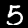
Label: 5